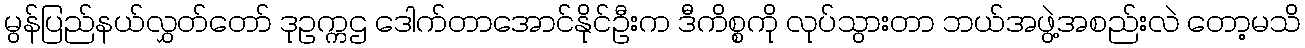
မွန်ပြည်နယ်လွှတ်တော် ဒုဥက္ကဌ ဒေါက်တာအောင်နိုင်ဦးက ဒီကိစ္စကို လုပ်သွားတာ ဘယ်အဖွဲ့အစည်းလဲ တော့မသိ